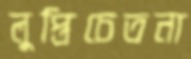
লুপ্তিচেতনা